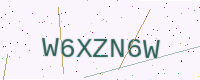
Text: W6XZN6W